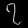
Digit: ၇